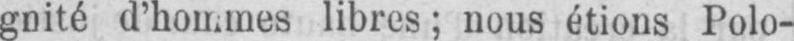
gnité d’hommes libres; nous étions Polo-